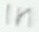
Text: in